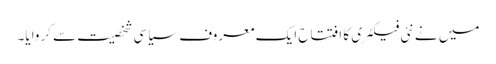
میں نے نئی فیکٹری کا افتتاح ایک معروف سیاسی شخصیت سے کروایا۔